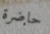
حاضرة